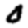
Digit: 0